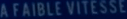
A FAIBLE VITESSE